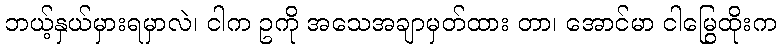
ဘယ့်နှယ်မှားရမှာလဲ၊ ငါက ဥကို အသေအချာမှတ်ထား တာ၊ အောင်မာ ငါမြွေထိုးက